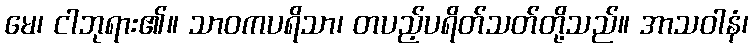
မေ၊ ငါဘုရား၏။ သာဝကပရိသာ၊ တပည့်ပရိတ်သတ်တို့သည်။ အာသဝါနံ၊